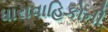
ધારાવાહિકોની